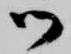
御